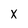
Character: x